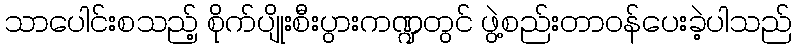
သာပေါင်းစသည့် စိုက်ပျိုးစီးပွားကဏ္ဍတွင် ဖွဲ့စည်းတာဝန်ပေးခဲ့ပါသည်